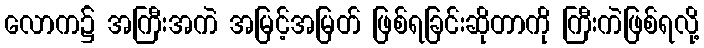
လောက၌ အကြီးအကဲ အမြင့်အမြတ် ဖြစ်ရခြင်းဆိုတာကို ကြီးကဲဖြစ်ရလို့